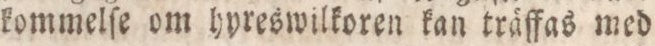
kommelſe om hyreswilkoren kan träffas med